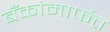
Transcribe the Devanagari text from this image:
बँकांमार्फत